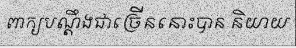
ពាក្យបណ្តឹងជាច្រើននោះបាន និយាយ